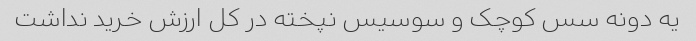
یه دونه سس کوچک و سوسیس نپخته در کل ارزش خرید نداشت